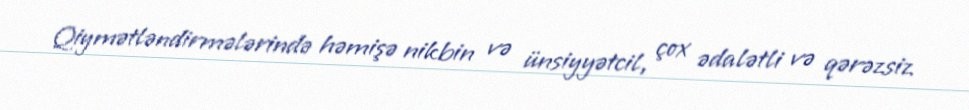
Qiymətləndirmələrində həmişə nikbin və ünsiyyətcil, çox ədalətli və qərəzsiz